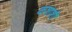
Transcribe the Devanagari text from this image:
कशाशी